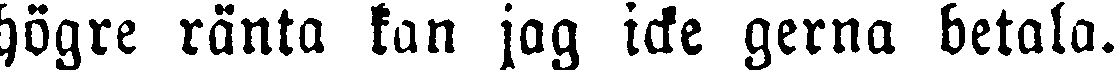
högre ränta kan jag icke gerna betala.